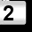
Digit: 2